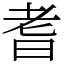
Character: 耆